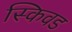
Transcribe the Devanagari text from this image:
स्किवड